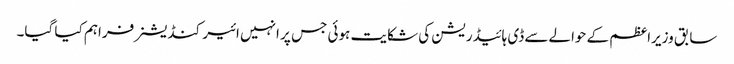
سابق وزیراعظم کے حوالےسے ڈی ہائیڈریشن کی شکایت ہوئی جس پر انہیں ائیر کنڈیشنر فراہم کیا گیا۔